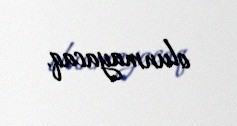
olunmayacaq.